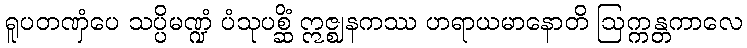
ရူပတဏှံပေ သပ္ပိမဏ္ဍံ ပံသုပစ္ဆိံ ဣဇ္ဈနကဿ ဟရာယမာနောတိ ဩက္ကန္တကာလေ